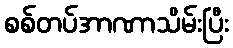
စစ်တပ်အာဏာသိမ်းပြီး